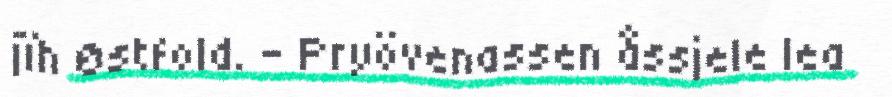
jïh Østfold. – Pryövenassen åssjele lea